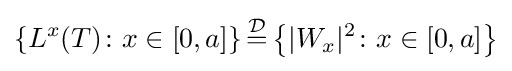
\left\{L^{x}(T)\colon x\in [0,a]\right\}{\stackrel {\mathcal {D}}{=}}\left\{|W_{x}|^{2}\colon x\in [0,a]\right\}